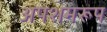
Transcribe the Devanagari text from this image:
अपशमरूप